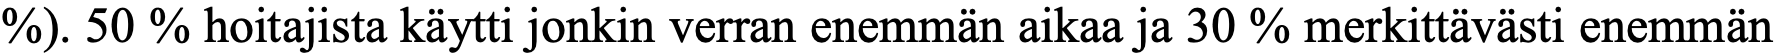
%). 50 % hoitajista käytti jonkin verran enemmän aikaa ja 30 % merkittävästi enemmän